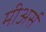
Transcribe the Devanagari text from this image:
मीअर्स